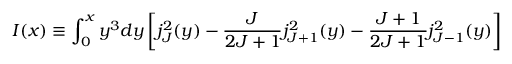
I ( x ) \equiv \int _ { 0 } ^ { x } y ^ { 3 } d y \left[ j _ { J } ^ { 2 } ( y ) - \frac { J } { 2 J + 1 } j _ { J + 1 } ^ { 2 } ( y ) - \frac { J + 1 } { 2 J + 1 } j _ { J - 1 } ^ { 2 } ( y ) \right]